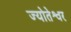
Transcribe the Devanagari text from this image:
ज्योतेश्वर